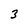
Character: 3